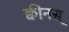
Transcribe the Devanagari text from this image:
क्वीनस्